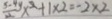
\frac { 5 - 4 y } { 2 } x ^ { 2 } + 1 \times 2 = - 2 \times 2